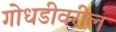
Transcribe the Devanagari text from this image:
गोधडीवरील